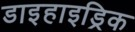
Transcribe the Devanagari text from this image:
डाइहाइड्रिक